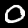
Digit: 0